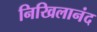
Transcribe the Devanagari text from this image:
निखिलानंद